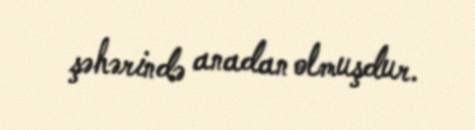
şəhərində anadan olmuşdur.